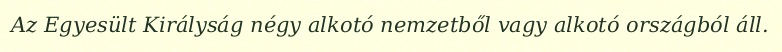
Az Egyesült Királyság négy alkotó nemzetből vagy alkotó országból áll.